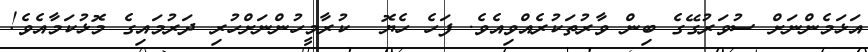
އަޅަމެންނަށް ސުވަރުގޭގެ ބިން ވާރުތަކުރެއްވިއެވެ. ފަހެ ހެޔޮ  ކުރާމީހުންނަށްހުރި ދަރުމައިގެ މޮޅުކަމާއެވެ!